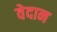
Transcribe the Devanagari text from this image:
वेदान